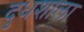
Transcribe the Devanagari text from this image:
दुधशाला